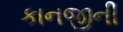
કાનજીની